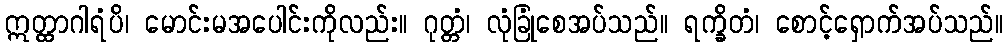
ဣတ္ထာဂါရံပိ၊ မောင်းမအပေါင်းကိုလည်း။ ဂုတ္တံ၊ လုံခြုံစေအပ်သည်။ ရက္ခိတံ၊ စောင့်ရှောက်အပ်သည်။